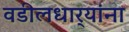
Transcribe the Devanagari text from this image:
वडीलधार्‍यांना